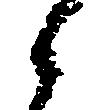
候